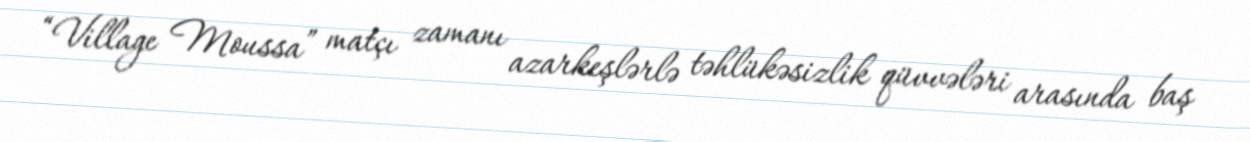
“Village Moussa” matçı zamanı azarkeşlərlə təhlükəsizlik qüvvələri arasında baş